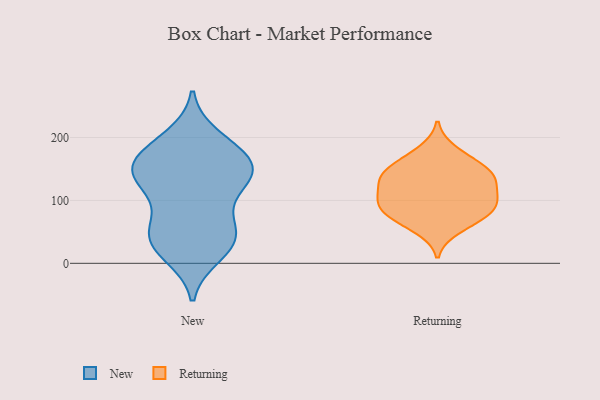
{"axis": {"x": "Production Output", "y": "Value"}, "legend": ["New", "Returning"], "data": [{"x": "", "y": 185, "type": "New"}, {"x": "", "y": 114, "type": "New"}, {"x": "", "y": 147, "type": "New"}, {"x": "", "y": 166, "type": "New"}, {"x": "", "y": 146, "type": "New"}, {"x": "", "y": 180, "type": "New"}, {"x": "", "y": 136, "type": "New"}, {"x": "", "y": 48, "type": "New"}, {"x": "", "y": 155, "type": "New"}, {"x": "", "y": 133, "type": "New"}, {"x": "", "y": 43, "type": "New"}, {"x": "", "y": 60, "type": "New"}, {"x": "", "y": 26, "type": "New"}, {"x": "", "y": 14, "type": "New"}, {"x": "", "y": 200, "type": "New"}, {"x": "", "y": 28, "type": "New"}, {"x": "", "y": 66, "type": "New"}, {"x": "", "y": 135, "type": "New"}, {"x": "", "y": 96, "type": "Returning"}, {"x": "", "y": 155, "type": "Returning"}, {"x": "", "y": 98, "type": "Returning"}, {"x": "", "y": 180, "type": "Returning"}, {"x": "", "y": 159, "type": "Returning"}, {"x": "", "y": 77, "type": "Returning"}, {"x": "", "y": 139, "type": "Returning"}, {"x": "", "y": 132, "type": "Returning"}, {"x": "", "y": 135, "type": "Returning"}, {"x": "", "y": 105, "type": "Returning"}, {"x": "", "y": 105, "type": "Returning"}, {"x": "", "y": 135, "type": "Returning"}, {"x": "", "y": 54, "type": "Returning"}, {"x": "", "y": 79, "type": "Returning"}, {"x": "", "y": 72, "type": "Returning"}]}